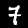
Digit: 7